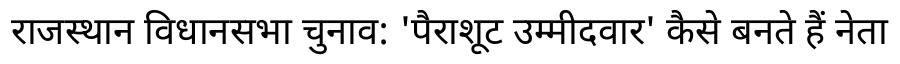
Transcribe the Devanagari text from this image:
राजस्थान विधानसभा चुनाव: 'पैराशूट उम्मीदवार' कैसे बनते हैं नेता